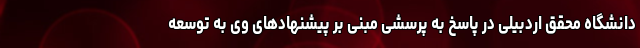
دانشگاه محقق اردبیلی در پاسخ به پرسشی مبنی بر پیشنهادهای وی به توسعه